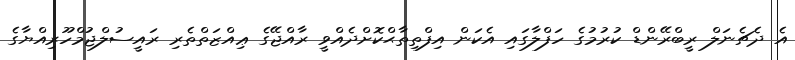
އެ ދެޗެނަލް ރީބްރޭންޑް ކުރުމުގެ ހަފްލާގައި އެކަން އިފްތިތާޙްކޮށްދެއްވީ ރާއްޖޭގެ ޢިއްޒަތްތެރި ރައީސުލްޖުމްހޫރިއްޔާގެ